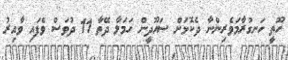
ހޫތީ ހަނގުރާމަވެރިންނާ ދެކޮޅަށް ސައޫދީން ހަމަލާ ދޭތާ 11 ދުވަސް ވެފައި ވާއިރު